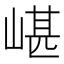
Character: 嵁